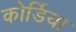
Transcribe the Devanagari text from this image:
कोर्डिया